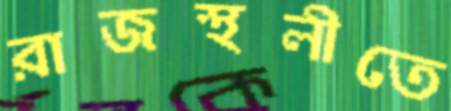
রাজস্থলীতে